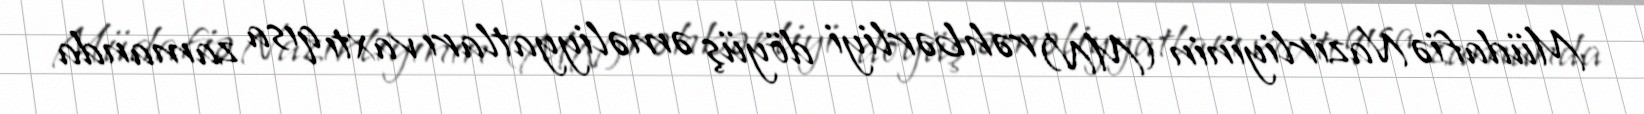
Müdafiə Nazirliyinin (MN) rəhbərliyi döyüş əməliyyatları vaxtı qısa zamanda